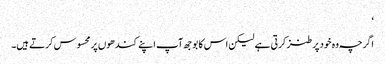
‘
اگرچہ وہ خود پر طنز کرتی ہے لیکن اس کا بوجھ آپ اپنے کندھوں پر محسوس کرتے ہیں۔